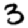
Digit: 3